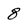
Character: 8